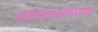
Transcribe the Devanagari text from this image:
आडवळणाच्या